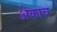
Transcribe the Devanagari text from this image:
अेकाच